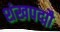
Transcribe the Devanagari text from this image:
शंखपद्मौ